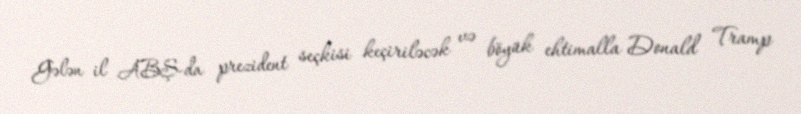
Gələn il ABŞ-da prezident seçkisi keçiriləcək və böyük ehtimalla Donald Tramp